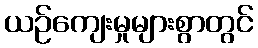
ယဉ်ကျေးမှုများစွာတွင်